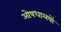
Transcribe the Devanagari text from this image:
ओषधालयों